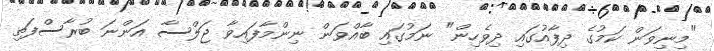
"މިނިވަން ކަމުގެ ދިފާއުގައި ދިވެހިން" ނަމުގައި ބާއްވަން ނިންމާފައިވާ ޖަލްސާ އަންނަ ބުރާސްފަތި